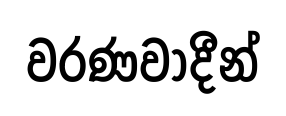
වරණවාදීන්